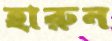
হারুন